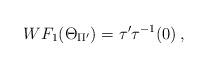
LaTeX: \begin{align*}WF_1(\Theta_{\Pi'})=\tau'\tau^{-1}(0)\,,\end{align*}